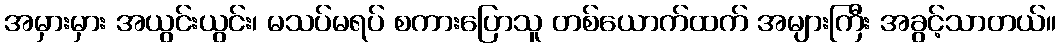
အမှားမှား အယွင်းယွင်း၊ မသပ်မရပ် စကားပြောသူ တစ်ယောက်ထက် အများကြီး အခွင့်သာတယ်။